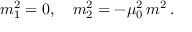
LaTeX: m _ { 1 } ^ { 2 } = 0 , \quad m _ { 2 } ^ { 2 } = - \mu _ { 0 } ^ { 2 } \, m ^ { 2 } \, { . }